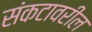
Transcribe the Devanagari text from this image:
संकटावरील